Annual report on the working of the lock hospitals in the Central Provinces
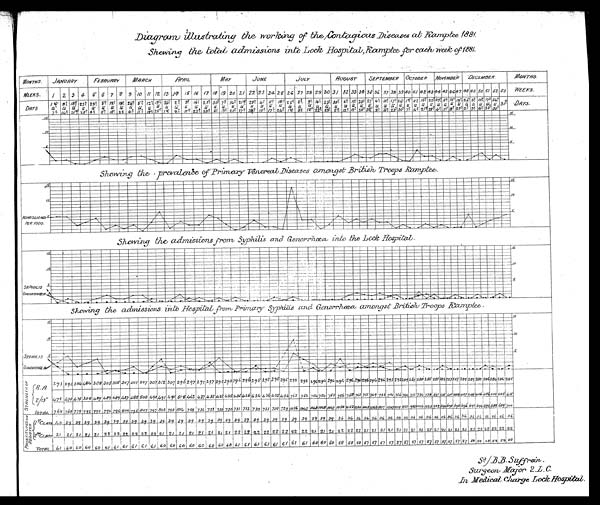
WEEKS .
D A Y S
WEEKS
DAYS.
Diagram illustrating the working of the Contagious at Diseases at Kamptee 1881.
S h e w i n g t h e t o t a l a d m i s s i o n s i n t o L o c k H o s p i t a l , K a m p t e e f o r e a c h w e e k o f 1 8 8 1 .
MONTHS.
JANUARY
FEBRUARY
MARCH
APRIL
MAY
JUNE.
JULY
AUGUST
SEPTEMBER OCTOBER
NOVEMBE
R.
DECEMBER.
MONTHS.
Showing the prevalance of Primary Venereal Diseases amongst British Troops Kamptee.
A D M I S S I O N S P E R 1 0 0 0 .
Showing the admissions from Syphilis and Gonorrhœa into the Lock Hospital.
S Y P H I L I S G O N O R R H Œ A .
showing the admissions into
Hospital from Primary Syphilis and Gonorrhœa amongst British Troops Kamptee.
S Y P H I L I S
C O N P R R A Œ A .
S T RE A NT H OF
R.A
2/13"
TOTAL.
P R O S T I T U T E S O N R E G I S T E R .
1st CLASS
2 n d C L A S S .
TOTAL.
S
B / B . B . S u f f r i e n .
S u r g e o n M a j o r 2 . L . C .
I n M e d i c a l c h a r g e L o c k H o s p i t a l